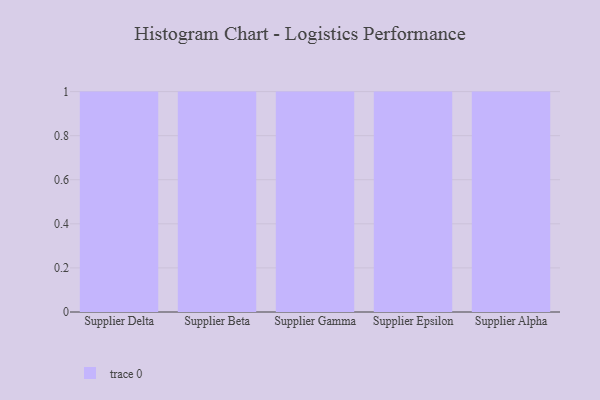
{"axis": {"x": "Supplier", "y": "Website Visitors"}, "legend": [""], "data": [{"x": "Supplier Delta", "y": 98, "type": ""}, {"x": "Supplier Beta", "y": 59, "type": ""}, {"x": "Supplier Gamma", "y": 26, "type": ""}, {"x": "Supplier Epsilon", "y": 64, "type": ""}, {"x": "Supplier Alpha", "y": 21, "type": ""}]}